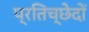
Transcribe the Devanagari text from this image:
प्रतिच्छेदों